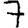
Digit: 7